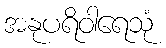
အနုပရိဝါရေသုံ